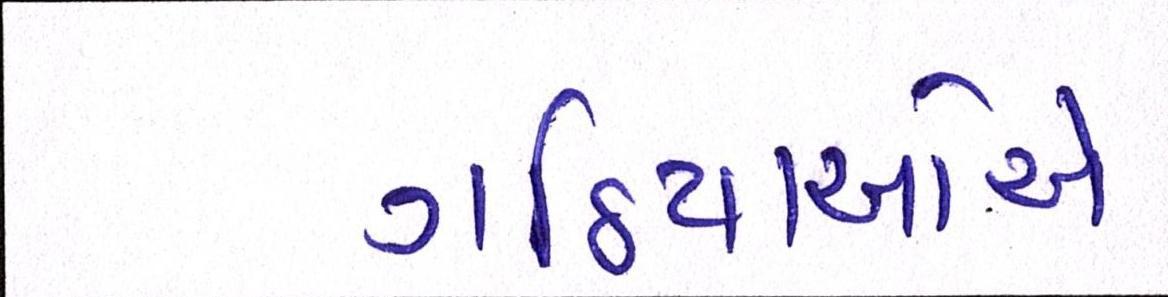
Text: ગઠિયાઓએ